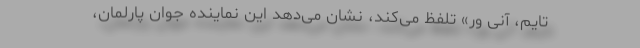
تایم، آنی وِر» تلفظ می‌کند، نشان می‌دهد این نماینده جوان پارلمان،